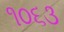
૧૦૬૩